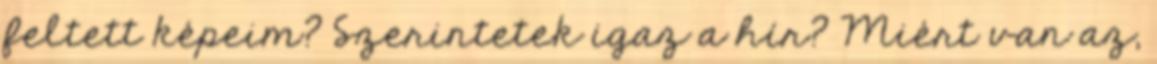
feltett képeim? Szerintetek igaz a hír? Miért van az,